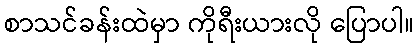
စာသင်ခန်းထဲမှာ ကိုရီးယားလို ပြောပါ။